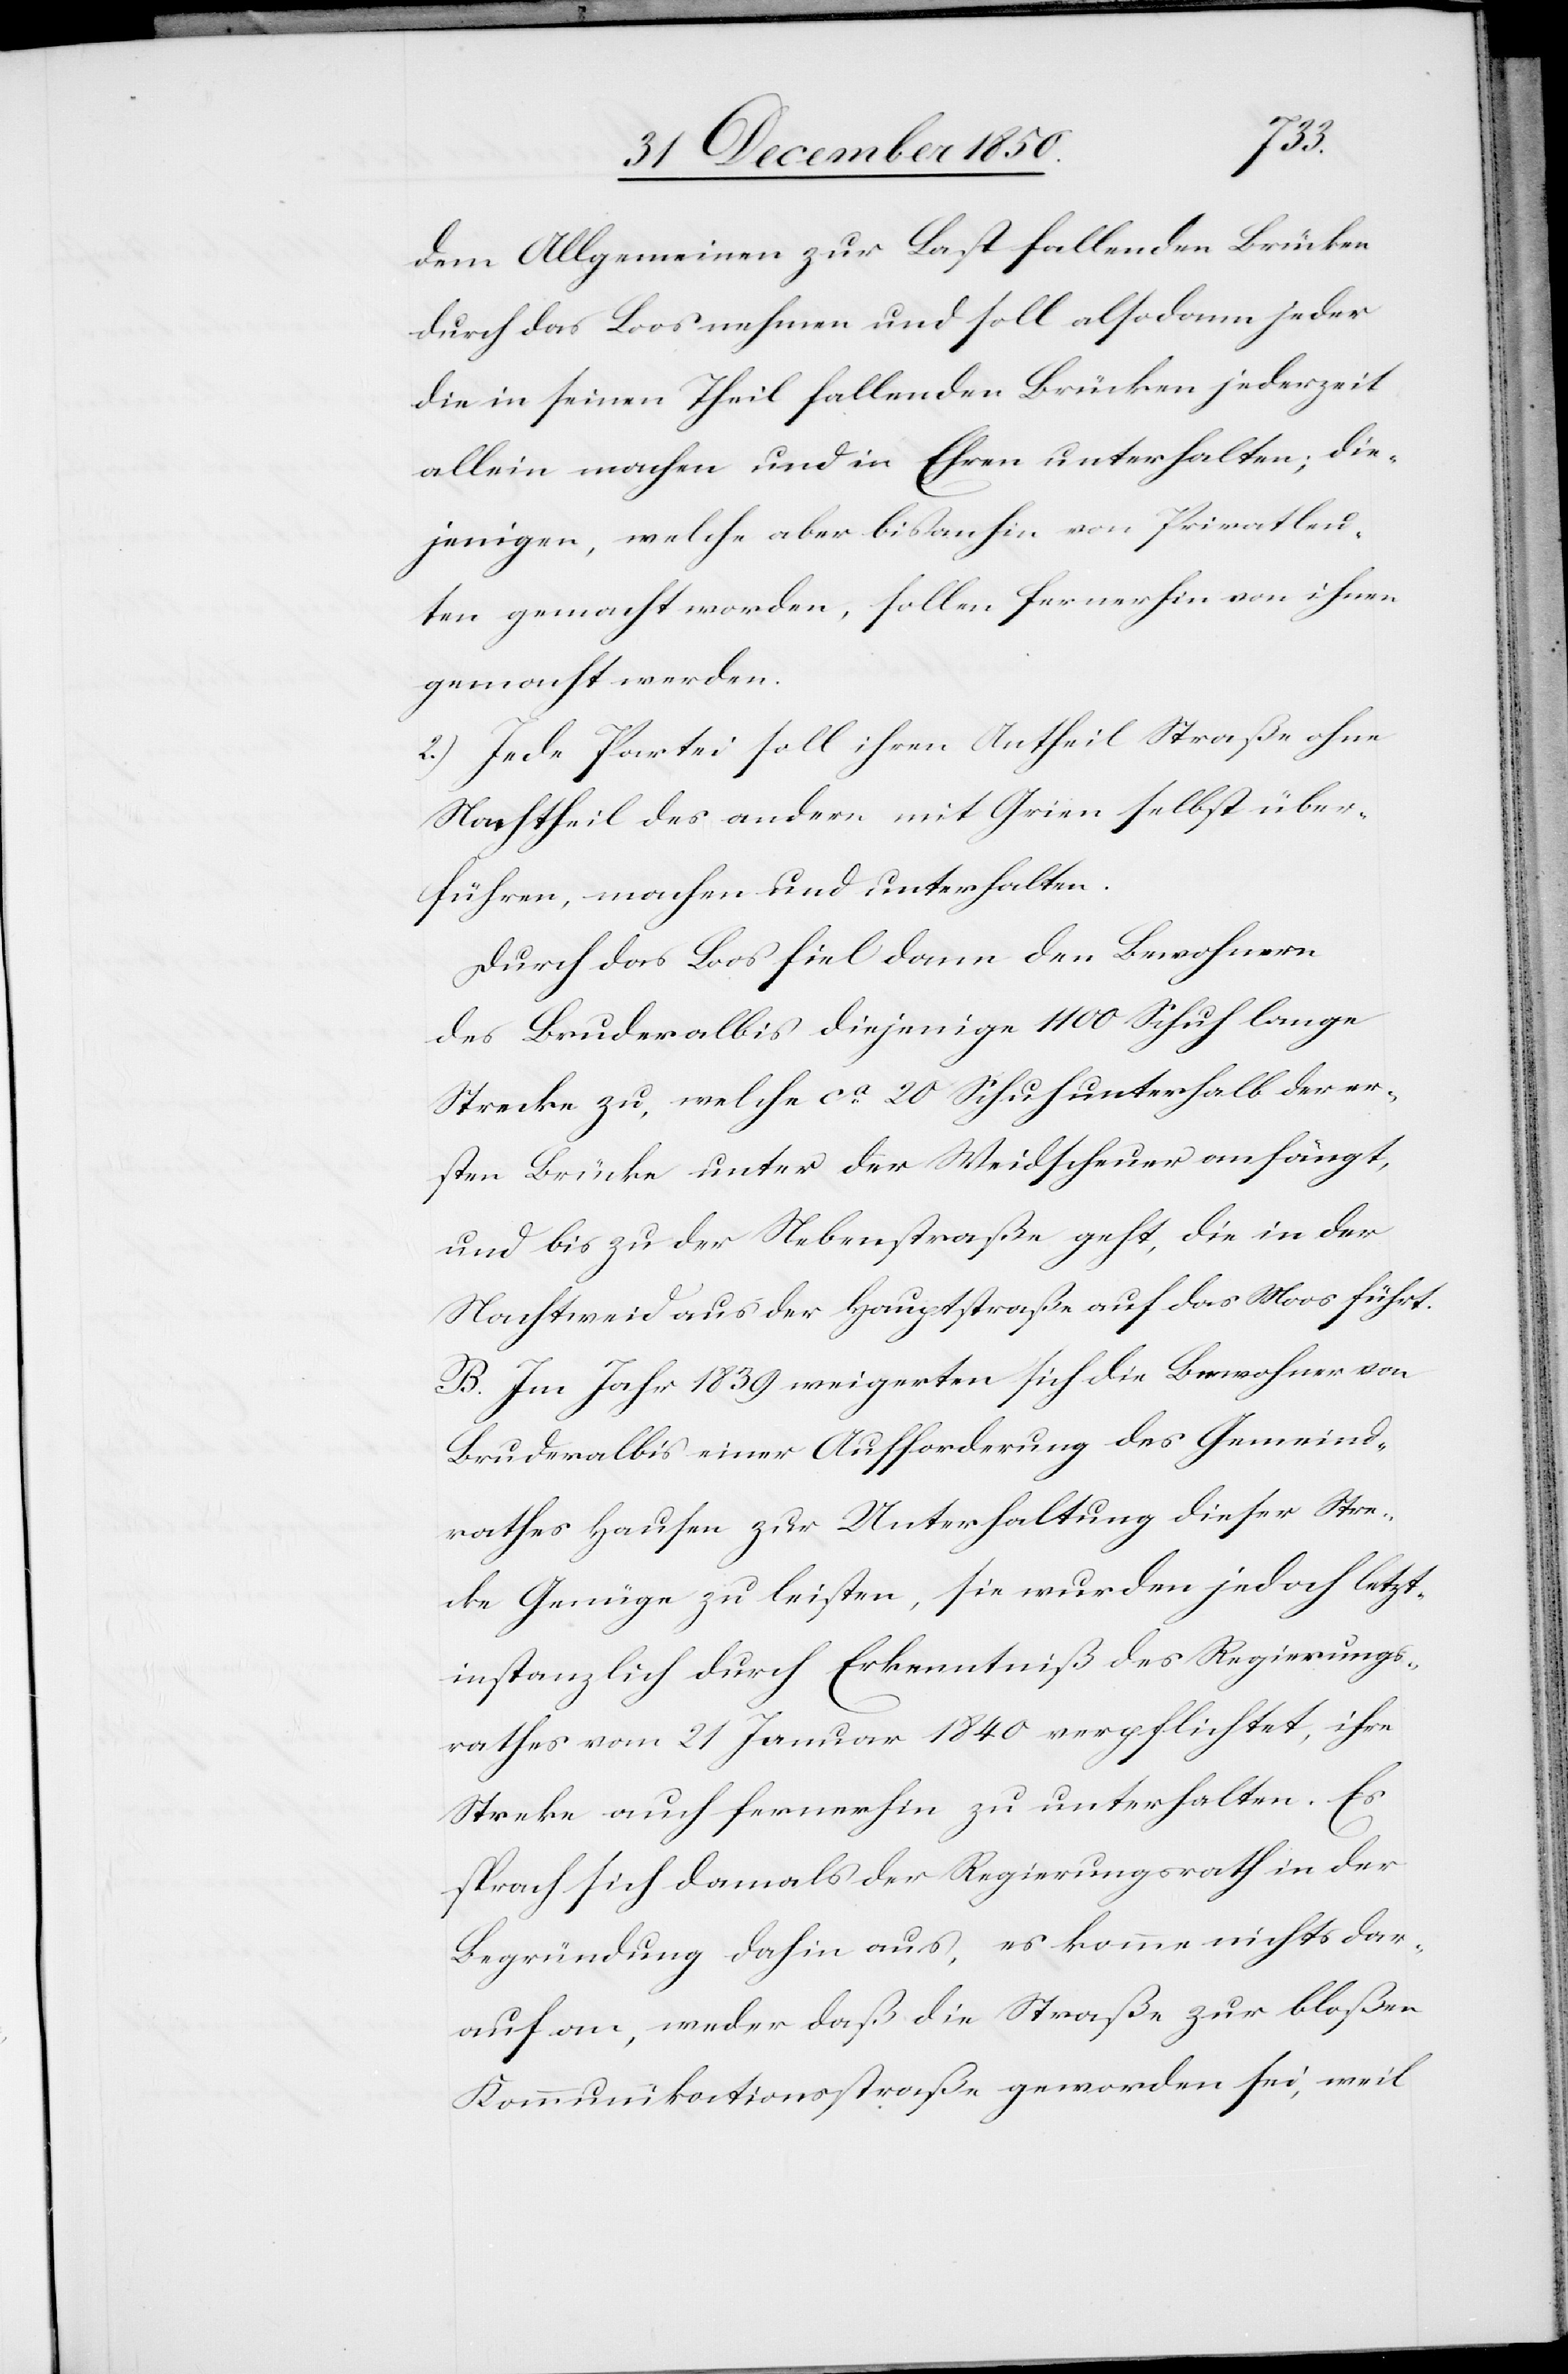
dem Allgemeinen zur Last fallenden Brücken
durch das Loos nehmen und soll alsodann jeder
die in seinen Theil fallenden Brücken jederzeit
allein machen und in Ehren unterhalten; die¬
jenigen, welche aber bisanhin von Privatleu¬
ten gemacht worden, sollen fernerhin von ihnen
gemacht werden.
2.) Jede Partei soll ihren Antheil Straße ohne
Nachtheil des andern mit Grien selbst über¬
führen, machen und unterhalten.
Durch das Los fiel dann den Bewohnern
des Bruderalbis diejenige 1100 Schuh lange
Strecke zu, welche ca 20 Schuh unterhalb der er¬
sten Brücke unter der Weidscheuer anfängt,
und bis zu der Nebenstraße geht, die in der
Nachtweid aus der Hauptstraße auf das Moos führt.
B. Im Jahr 1839 weigerten sich die Bewohner von
Bruderalbis einer Aufforderung des Gemeind¬
rathes Hausen zur Unterhaltung dieser Stre¬
cke Genüge zu leisten, sie wurden jedoch letzt¬
instanzlich durch Erkenntniß des Regierungs¬
rathes vom 21 Januar 1840 verpflichtet, ihre
Strecke auch fernerhin zu unterhalten. Es
sprach sich damals der Regierungsrath in der
Begründung dahin aus, es komme nichts dar¬
auf an, weder daß die Straße zur bloßen
Kommunikationsstraße geworden sei, weil